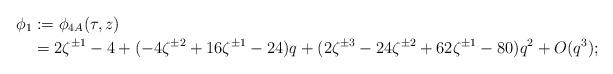
LaTeX: \begin{align*} \phi_1 &:= \phi_{4A}(\tau, z) \\ &= 2 \zeta^{\pm 1} - 4 + (-4 \zeta^{\pm 2} + 16 \zeta^{\pm 1} - 24)q + (2 \zeta^{\pm 3} - 24 \zeta^{\pm 2} + 62 \zeta^{\pm 1} - 80) q^2 + O(q^3); \end{align*}